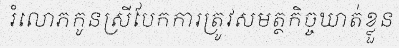
រំលោភកូនស្រីបែកការត្រូវសមត្ថកិច្ចឃាត់ខ្លួន